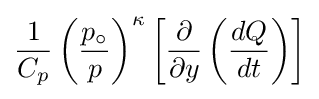
{\frac {1}{C_{p}}}\left({\frac {p_{\circ }}{p}}\right)^{\kappa }\left[{\frac {\partial }{\partial y}}\left({\frac {dQ}{dt}}\right)\right]